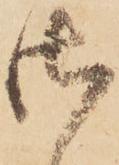
御